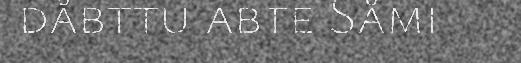
dåbttu abte Såmi